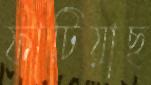
ফাটিয়াছ